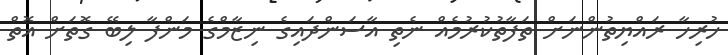
ހުރިހާ ރައްޔިތުންނަށް ތަފާތުކުރުމެއް ނެތި އާސަންދައިގެ ނިޒާމްގެ މަންފާ ލިބޭ ގޮތަށް އޮތް